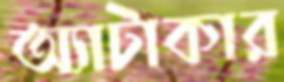
অ্যাটাকার